Civil Veterinary Department Bihar & Orissa reports 1911-21 - 1911-1921
Year: 1911
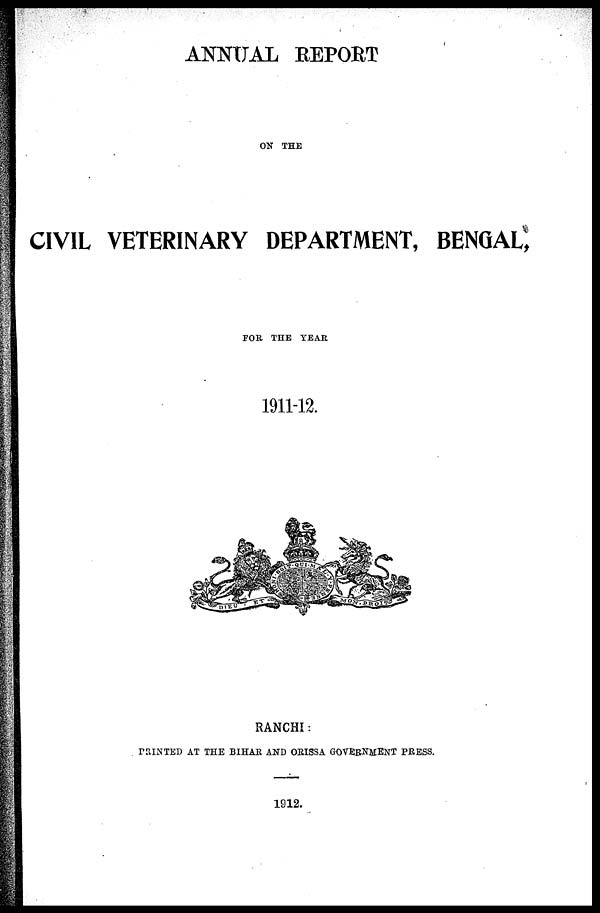
ANNUAL REPORT
ON THE
CIVIL VETERINARY DEPARTMENT, BENGAL,
FOR THE YEAR
1911-12.
RANCHI:
PRINTED AT THE BIHAR AND ORISSA GOVERNMENT PRESS.
1912.